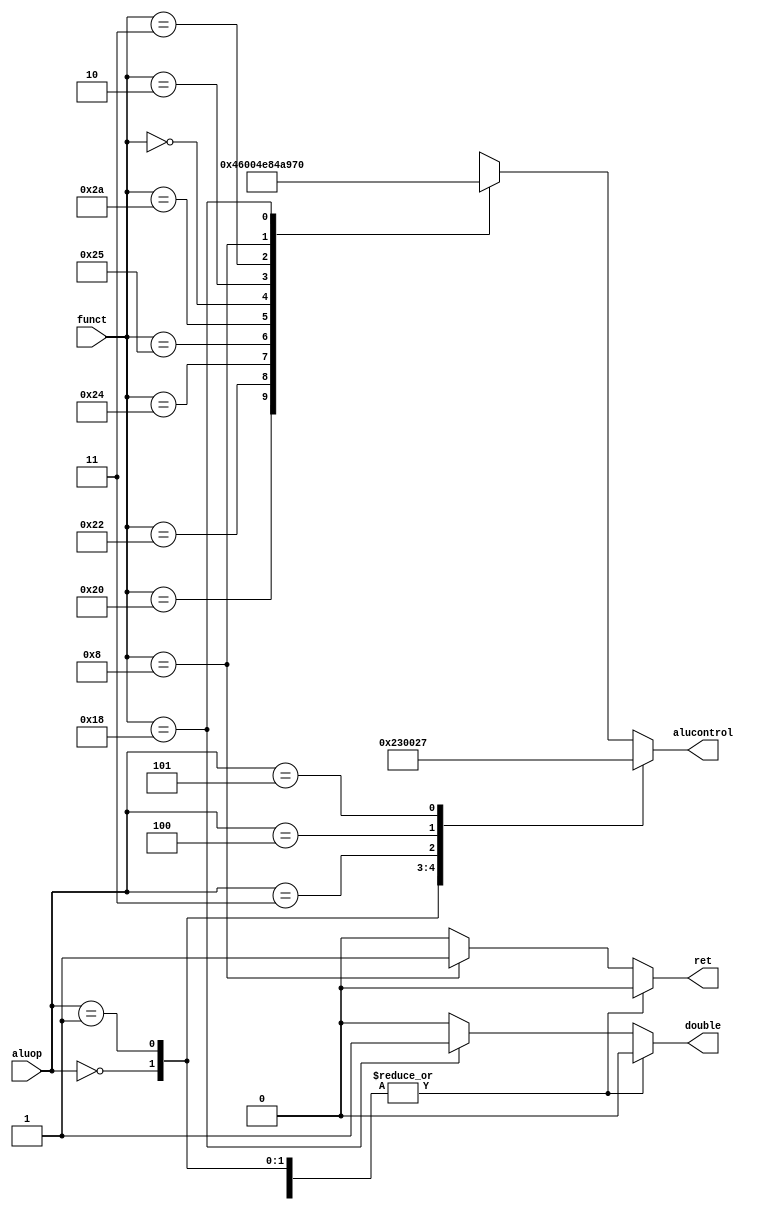
module aludec(input [5:0] funct,
              input [2:0] aluop,
              output reg [4:0] alucontrol,
              output reg ret, double);
    always @ (*)
        case(aluop)
            3'b000: begin alucontrol <= 5'b00010; ret <= 0; double <= 0; end//add
            3'b001: begin alucontrol <= 5'b00110; ret <= 0; double <= 0; end//sub
            3'b011: begin alucontrol <= 5'b00000; ret <= 0; double <= 0; end//andi
            3'b100: begin alucontrol <= 5'b00001; ret <= 0; double <= 0; end//or
            3'b101: begin alucontrol <= 5'b00111; ret <= 0; double <= 0; end//slt
            default: 
                case(funct)
                    6'b100000: begin alucontrol <= 5'b00010; ret <= 0; double <= 0; end//add
                    6'b100010: begin alucontrol <= 5'b00110; ret <= 0; double <= 0; end//sub
                    6'b100100: begin alucontrol <= 5'b00000; ret <= 0; double <= 0; end//and
                    6'b100101: begin alucontrol <= 5'b00001; ret <= 0; double <= 0; end//or
                    6'b101010: begin alucontrol <= 5'b00111; ret <= 0; double <= 0; end//slt
                    6'b000000: begin alucontrol <= 5'b01000; ret <= 0; double <= 0; end//sll
                    6'b000010: begin alucontrol <= 5'b01001; ret <= 0; double <= 0; end//srl
                    6'b000011: begin alucontrol <= 5'b01010; ret <= 0; double <= 0; end//sll
                    6'b001000: begin alucontrol <= 5'b01011; ret <= 1; double <= 0; end//jr
                    6'b011000: begin alucontrol <= 5'b10000; ret <= 0; double <= 1; end//mul
                    default:   begin alucontrol <= 5'bxxxxx; ret <= 0; double <= 0; end
                endcase
        endcase
endmodule